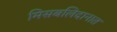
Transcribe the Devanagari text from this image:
मिसबलिदानात